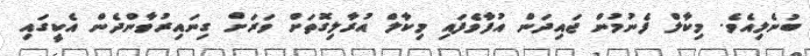
ބުނެލިއެވެ. މިކާލް ފެނުމުން ޖައިދަން އުފާވެފައި މިކާލް އުރާލިގޮތަށް ވަރަށް ގިނައިރުވާންދެން އެކީގައި